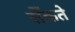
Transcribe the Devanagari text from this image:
सेँकते